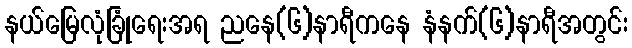
နယ်မြေလုံခြုံရေးအရ ညနေ(၆)နာရီကနေ နံနက်(၆)နာရီအတွင်း